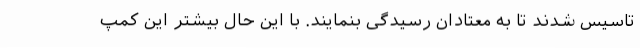
تاسیس شدند تا به معتادان رسیدگی بنمایند. با این حال بیشتر این کمپ